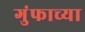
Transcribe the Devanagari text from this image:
गुंफाच्या